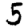
Digit: 5